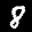
Label: 8